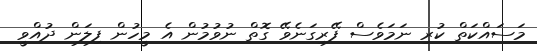
މަސައްކަތް ކުރި ނަމަވެސް ފޭރިގަނެވޭ ގޮތް ނުވުމުން އެ މީހުން ފިލަން ދުއްވީ